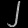
Digit: ၂